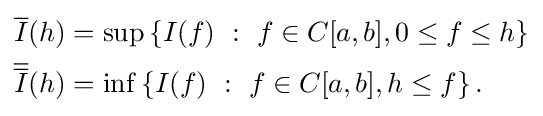
{\begin{aligned}{\overline {I}}(h)&=\sup \left\{I(f)\ :\ f\in C[a,b],0\leq f\leq h\right\}\\{\overline {\overline {I}}}(h)&=\inf \left\{I(f)\ :\ f\in C[a,b],h\leq f\right\}.\end{aligned}}